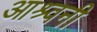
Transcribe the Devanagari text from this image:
आश्र्वनी